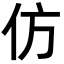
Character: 仿